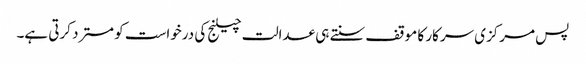
پس مرکزی سرکار کا موقف سنتے ہی عدالت چیلنج کی درخواست کو مسترد کرتی ہے۔